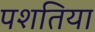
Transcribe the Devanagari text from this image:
पशतिया